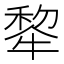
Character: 𪺳